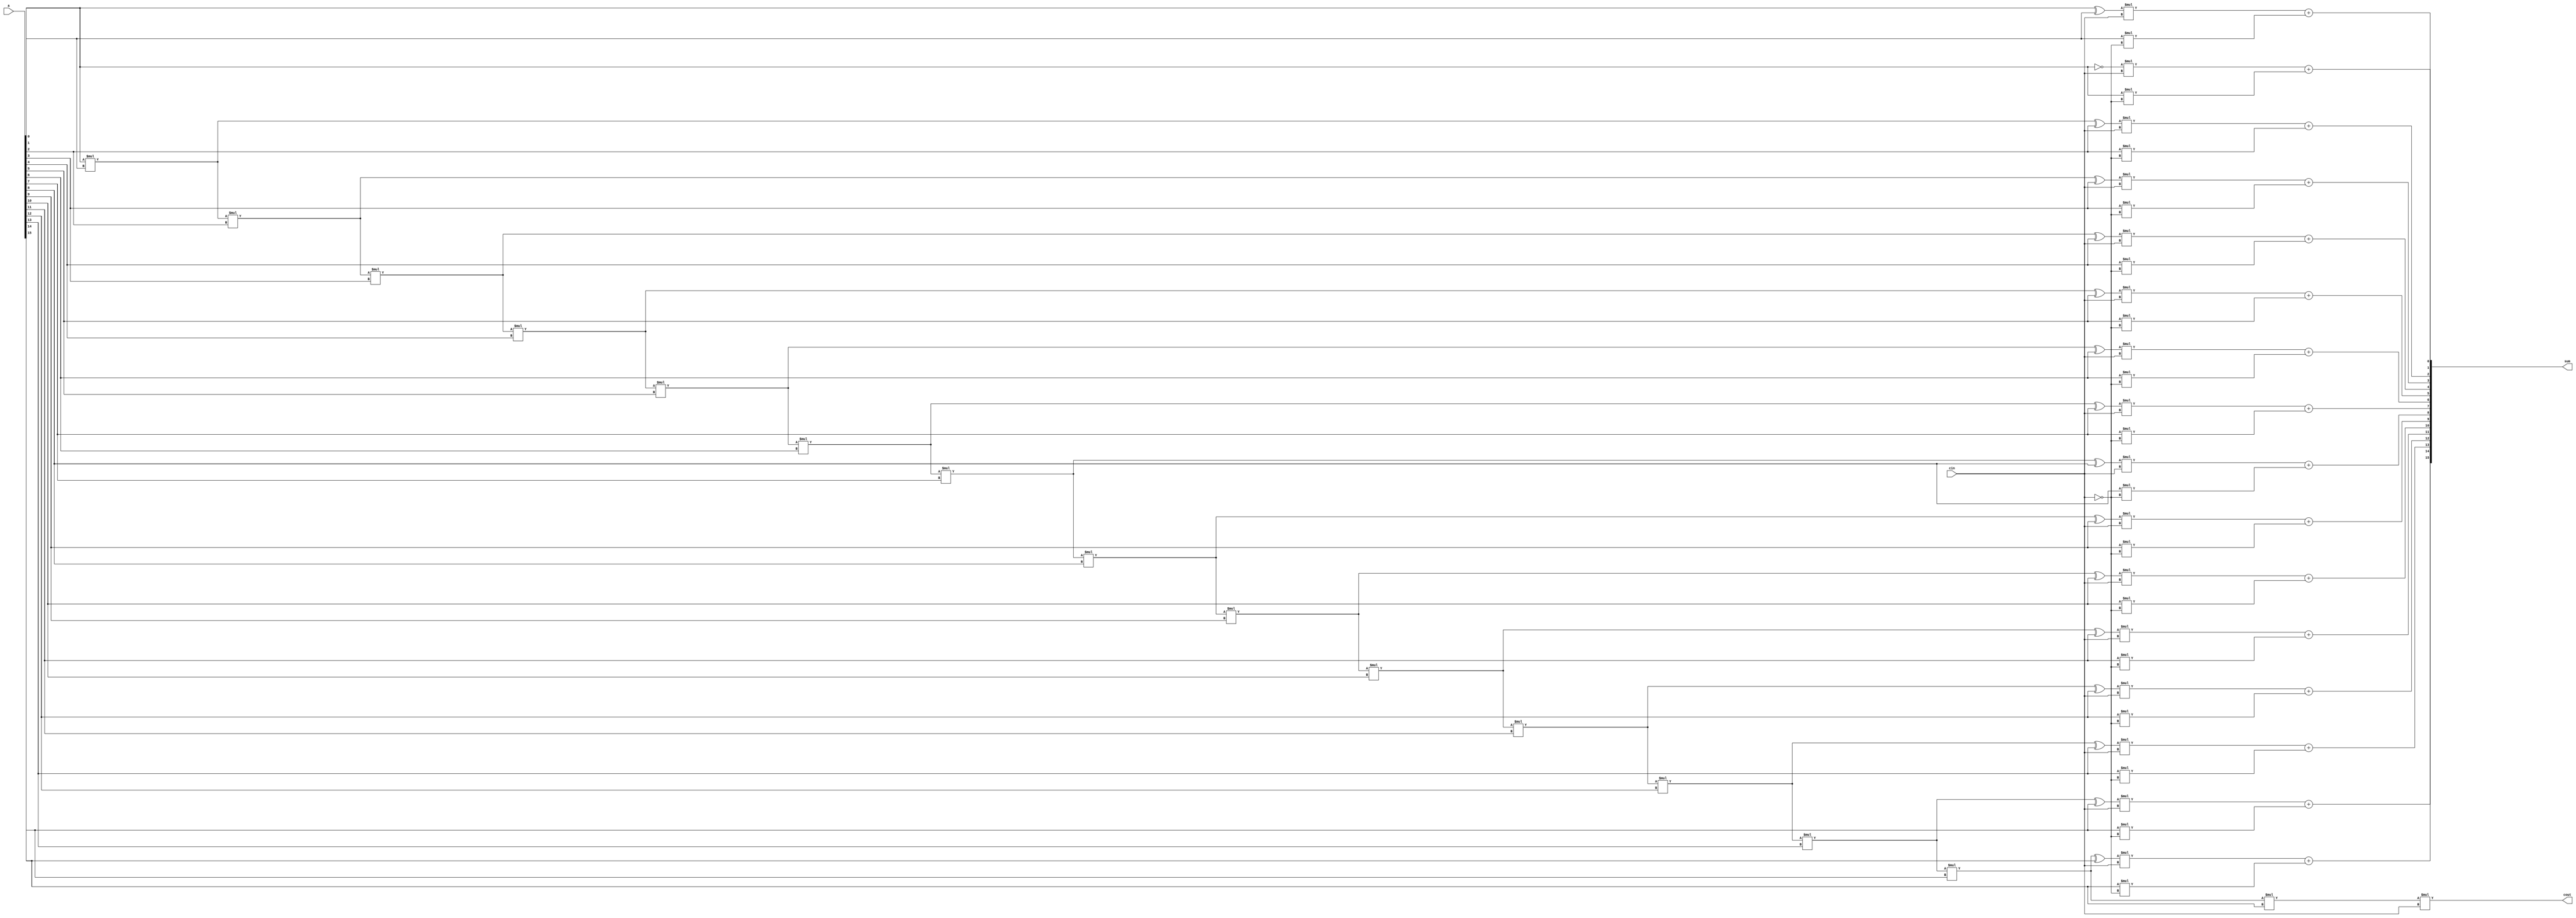
module INCR3(a,cin,sum,cout);

	// a,cin are the two inputs
	input [15:0] a; 
	input cin;
	
	// sum,cout	are the two outputs				
	output [15:0] sum;
	output cout;
	
	// incrementing 'a' if cin==1
	assign sum[0]=(~a[0])*cin+a[0]*(~cin);
	assign sum[1]=(a[0]^a[1])*cin+a[1]*(~cin);
	assign sum[2]=((a[0]*a[1])^a[2])*cin+a[2]*(~cin);
	assign sum[3]=((a[0]*a[1]*a[2])^a[3])*cin+a[3]*(~cin);
	assign sum[4]=((a[0]*a[1]*a[2]*a[3])^a[4])*cin+a[4]*(~cin);
	assign sum[5]=((a[0]*a[1]*a[2]*a[3]*a[4])^a[5])*cin+a[5]*(~cin);
	assign sum[6]=((a[0]*a[1]*a[2]*a[3]*a[4]*a[5])^a[6])*cin+a[6]*(~cin);
	assign sum[7]=((a[0]*a[1]*a[2]*a[3]*a[4]*a[5]*a[6])^a[7])*cin+a[7]*(~cin);
	assign sum[8]=((a[0]*a[1]*a[2]*a[3]*a[4]*a[5]*a[6]*a[7])^a[8])*cin+a[8]*(~cin);
	assign sum[9]=((a[0]*a[1]*a[2]*a[3]*a[4]*a[5]*a[6]*a[7]*a[8])^a[9])*cin+a[9]*(~cin);
	assign sum[10]=((a[0]*a[1]*a[2]*a[3]*a[4]*a[5]*a[6]*a[7]*a[8]*a[9])^a[10])*cin+a[10]*(~cin);
	assign sum[11]=((a[0]*a[1]*a[2]*a[3]*a[4]*a[5]*a[6]*a[7]*a[8]*a[9]*a[10])^a[11])*cin+a[11]*(~cin);
	assign sum[12]=((a[0]*a[1]*a[2]*a[3]*a[4]*a[5]*a[6]*a[7]*a[8]*a[9]*a[10]*a[11])^a[12])*cin+a[12]*(~cin);
	assign sum[13]=((a[0]*a[1]*a[2]*a[3]*a[4]*a[5]*a[6]*a[7]*a[8]*a[9]*a[10]*a[11]*a[12])^a[13])*cin+a[13]*(~cin);
	assign sum[14]=((a[0]*a[1]*a[2]*a[3]*a[4]*a[5]*a[6]*a[7]*a[8]*a[9]*a[10]*a[11]*a[12]*a[13])^a[14])*cin+a[14]*(~cin);
	assign sum[15]=((a[0]*a[1]*a[2]*a[3]*a[4]*a[5]*a[6]*a[7]*a[8]*a[9]*a[10]*a[11]*a[12]*a[13]*a[14])^a[15])*cin+a[15]*(~cin);
	
	assign cout=a[0]*a[1]*a[2]*a[3]*a[4]*a[5]*a[6]*a[7]*a[8]*a[9]*a[10]*a[11]*a[12]*a[13]*a[14]*a[15]*cin;

endmodule